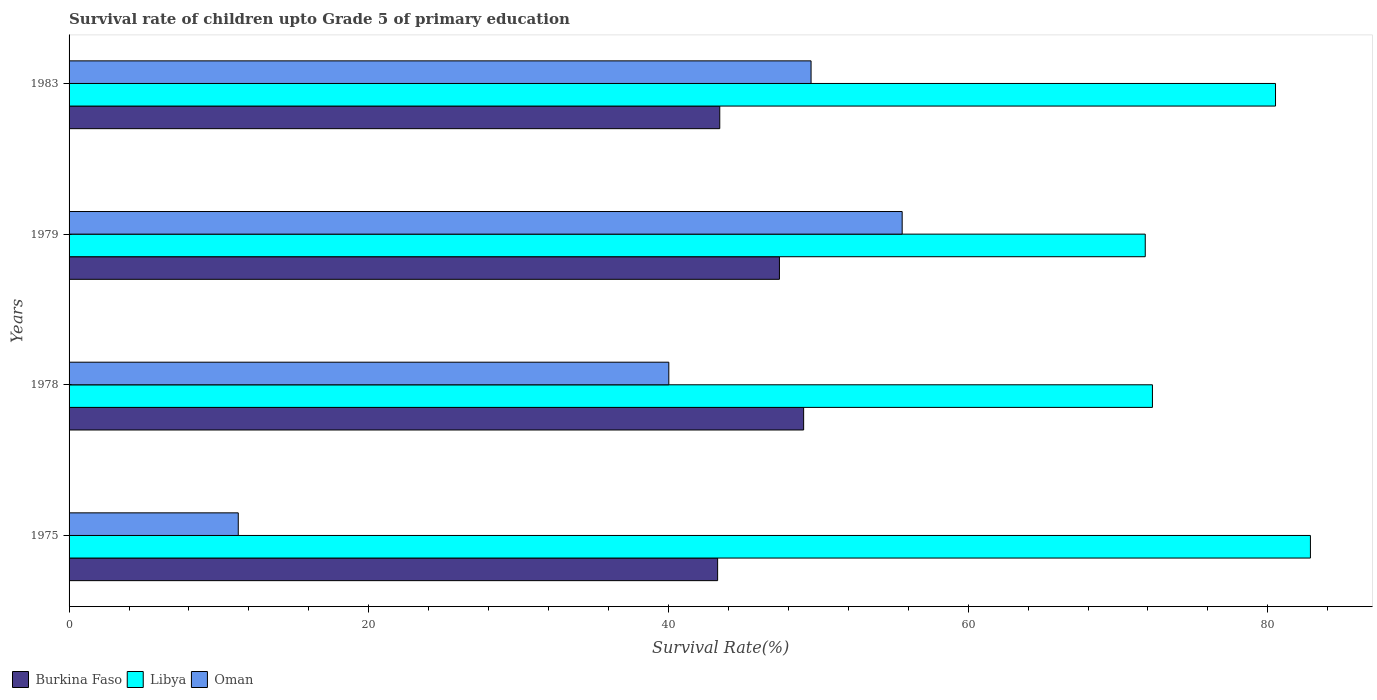
| Years | Burkina Faso | Libya | Oman |
 | --- | --- | --- | --- |
 | 1975 | 43.3 | 82.8 | 11.3 |
 | 1978 | 49 | 72.3 | 40 |
 | 1979 | 47.4 | 71.8 | 55.6 |
 | 1983 | 43.4 | 80.5 | 49.5 |